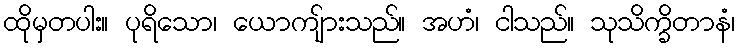
ထိုမှတပါး။ ပုရိသော၊ ယောကျ်ားသည်။ အဟံ၊ ငါသည်။ သုသိက္ခိတာနံ၊